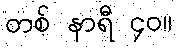
တစ် နာရီ ၄၀။